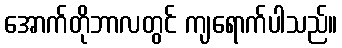
အောက်တိုဘာလတွင် ကျရောက်ပါသည်။